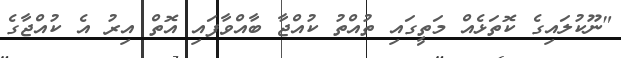
"ނޫކުލައިގެ ކޮތަޅެއް މަތީގައި ތުއްތު ކުއްޖާ ބާއްވާފައި އޮތް އިރު އެ ކުއްޖާގެ